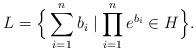
LaTeX: \begin{align*}L=\Big\{\sum_{i=1}^n b_i\mid \prod_{i=1}^n e^{b_i}\in H\Big\}.\end{align*}